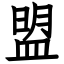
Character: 盟